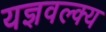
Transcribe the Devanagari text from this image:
यज्ञवल्क्य